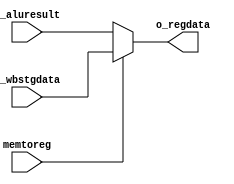
module wb_mux   #(
    parameter       NBITS       =   32
    )
    (
    //Entradas
    input   wire    [NBITS-1:0]     i_aluresult ,
    input   wire    [NBITS-1:0]     i_wbstgdata ,
    input   wire                    memtoreg    ,
    //Outputs
    output  wire    [NBITS-1:0]     o_regdata
    );
    
    assign  o_regdata   =   (memtoreg) ? i_wbstgdata : i_aluresult  ;
    
endmodule